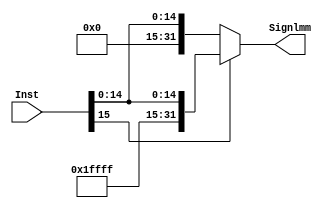
module MIPS_SignExtend 
  (
  input wire [15:0] Inst,
  output reg [31:0] Signlmm
  );
  
  always @(*)
    begin 
      if (Inst[15] == 0)
        Signlmm = {16'b0 , Inst};
      else
        Signlmm = {~(16'b0) , Inst};
    end
    
  endmodule